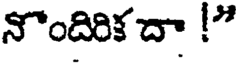
నొందిరిక దా !"